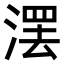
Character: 𣺽